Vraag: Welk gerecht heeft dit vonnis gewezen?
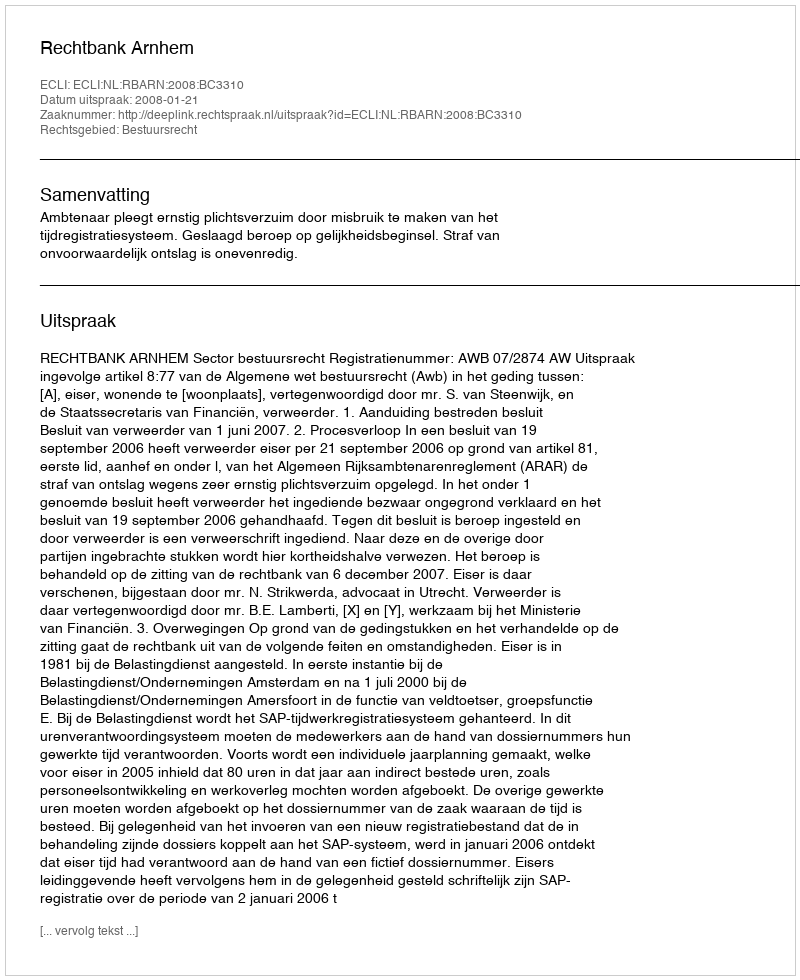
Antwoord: Rechtbank Arnhem